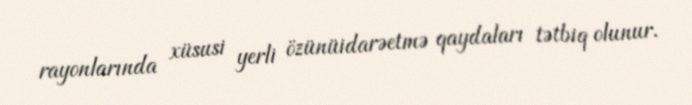
rayonlarında xüsusi yerli özünüidarəetmə qaydaları tətbiq olunur.